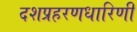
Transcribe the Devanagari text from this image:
दशप्रहरणधारिणी